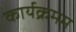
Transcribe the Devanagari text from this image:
कार्यक्रमम